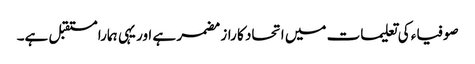
صوفیاء کی تعلیمات میں اتحاد کا راز مضمر ہے اور یہی ہمارا مستقبل ہے۔